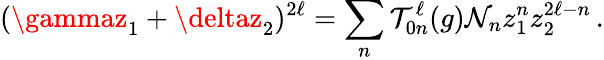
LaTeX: (\gammaz_{1}+\deltaz_{2})^{2\ell}=\sum_{n}\mathcal{T}_{0n}^{\ell}(g)\mathcal{N}_{n}z_{1}^{n}z_{2}^{2\ell-n}\, .